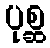
ပုစ္ဆ